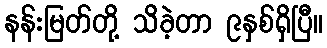
နန်းမြတ်တို့ သိခဲ့တာ ၉နှစ်ရှိပြီ။